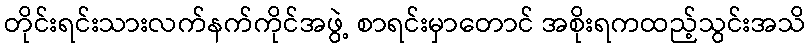
တိုင်းရင်းသားလက်နက်ကိုင်အဖွဲ့ စာရင်းမှာတောင် အစိုးရကထည့်သွင်းအသိ